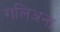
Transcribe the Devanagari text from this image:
गलिअना